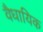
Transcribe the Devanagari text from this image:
वैधायिक